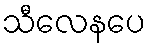
သီလေနပေ